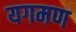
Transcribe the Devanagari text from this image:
यगमण